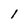
Character: 1